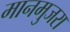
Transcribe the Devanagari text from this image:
मानमुजरा